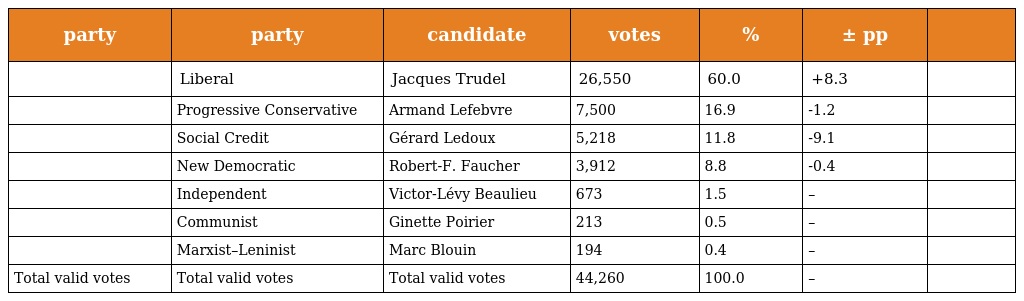
| party | party | candidate | votes | % | ± pp |  |
 | --- | --- | --- | --- | --- | --- | --- |
 |  | Liberal | Jacques Trudel | 26,550 | 60.0 | +8.3 |  |
 |  | Progressive Conservative | Armand Lefebvre | 7,500 | 16.9 | -1.2 |  |
 |  | Social Credit | Gérard Ledoux | 5,218 | 11.8 | -9.1 |  |
 |  | New Democratic | Robert-F. Faucher | 3,912 | 8.8 | -0.4 |  |
 |  | Independent | Victor-Lévy Beaulieu | 673 | 1.5 | – |  |
 |  | Communist | Ginette Poirier | 213 | 0.5 | – |  |
 |  | Marxist–Leninist | Marc Blouin | 194 | 0.4 | – |  |
 | Total valid votes | Total valid votes | Total valid votes | 44,260 | 100.0 | – |  |